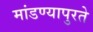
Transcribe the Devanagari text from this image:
मांडण्यापुरते